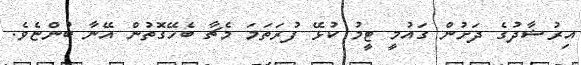
އިރުޝާދުގެ ދަށުން ގައުމީ ޓީމު ކުޅޭ ފުރަތަމަ މެޗާ ބެހޭގޮތުން އޭނާ ބުންޏެވެ.